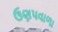
ઉણપવાળા